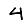
Digit: 4